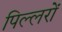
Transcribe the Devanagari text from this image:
पिल्लरों